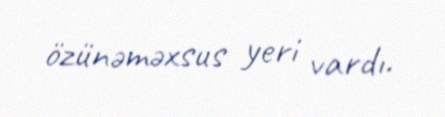
özünəməxsus yeri vardı.